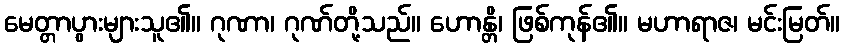
မေတ္တာပွားများသူ၏။ ဂုဏာ၊ ဂုဏ်တို့သည်။ ဟောန္တိ၊ ဖြစ်ကုန်၏။ မဟာရာဇ၊ မင်းမြတ်။